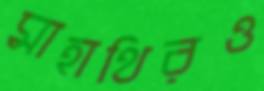
মাহাথিরও